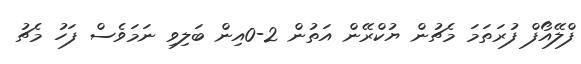
ފްލޭއޯފް ފުރަތަމަ މެޗުން ޔުކްރޭން އަތުން 2-0އިން ބަލިވި ނަމަވެސް ފަހު މެޗު